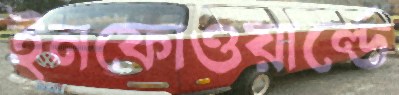
ইনফোওয়ার্ল্ডে